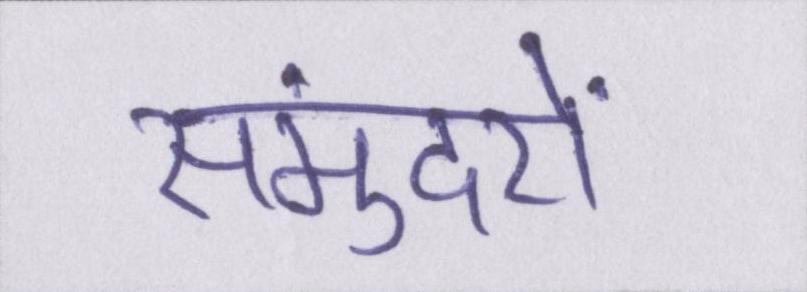
समुंदरों